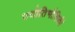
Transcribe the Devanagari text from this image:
ज्योतिभौतिकी